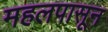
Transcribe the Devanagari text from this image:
महलपासून